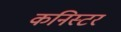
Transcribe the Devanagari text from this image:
कनिस्टर